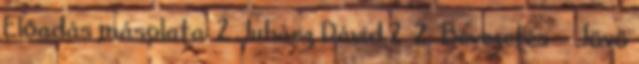
Előadás másolata: 2 Juhász Dávid 2 2 Bevezetés ● Jövő